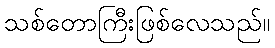
သစ်တောကြီးဖြစ်လေသည်။